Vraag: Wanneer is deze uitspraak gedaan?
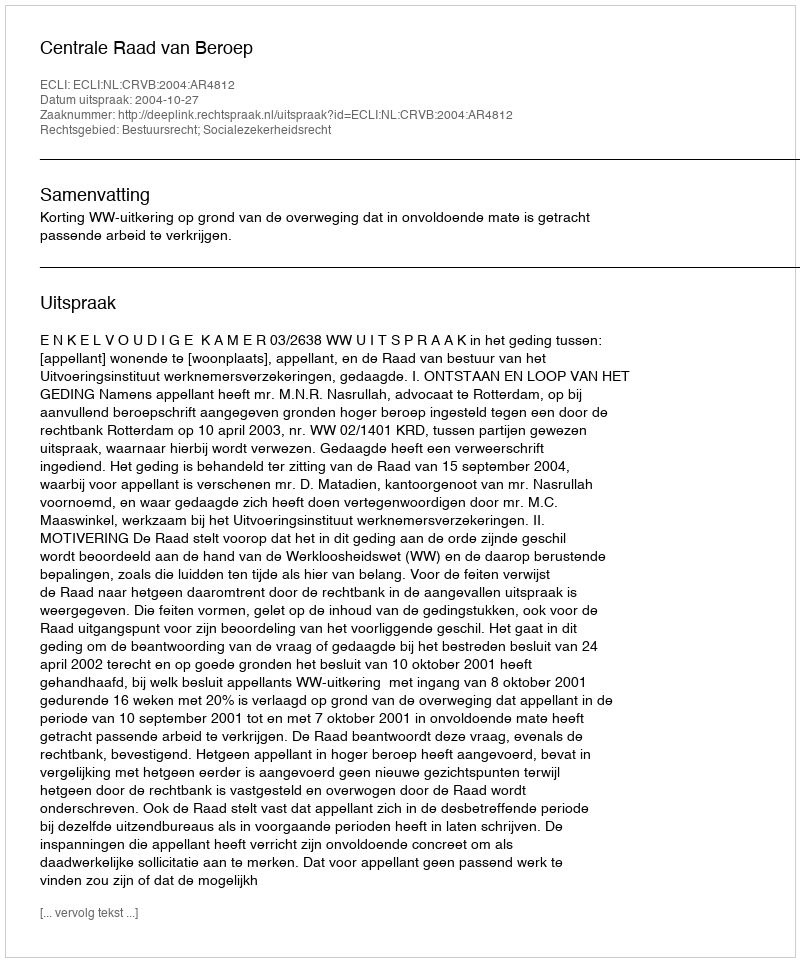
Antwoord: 2004-10-27